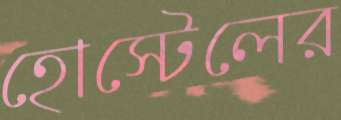
হোস্টেলের